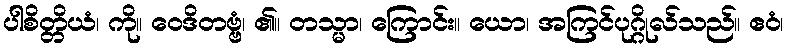
ပါစိတ္တိယံ၊ ကို။ ဝေဒိတဗ္ဗံ၊ ၏။ တသ္မာ၊ ကြောင်း။ ယော၊ အကြင်ပုဂ္ဂိုလ်သည်။ ဧဝံ၊